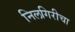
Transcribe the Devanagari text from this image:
निलगिरीचा